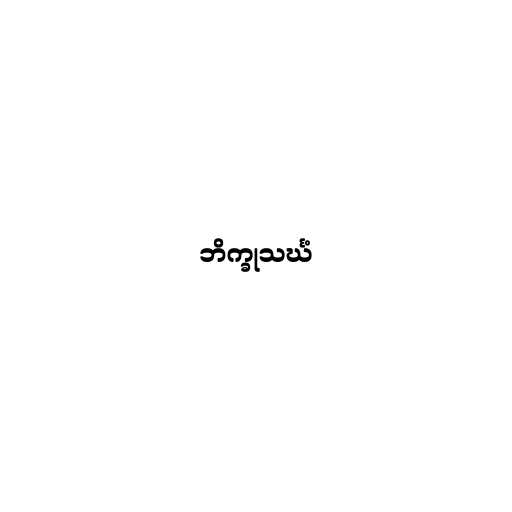
ဘိက္ခုသင်္ဃံ